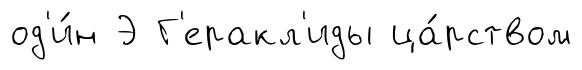
од'и́н Э Г'еракл'иды ца́рством